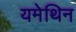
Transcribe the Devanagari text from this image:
यमेथिन